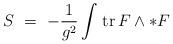
LaTeX: \begin{align*}S\ =\ -\frac{1}{g^2} \int\!\;\textrm{tr}\,F\wedge*F\end{align*}